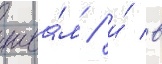
шва́м / и́ в